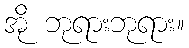
အို ဘုရားဘုရား။